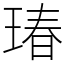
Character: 瑃